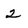
Character: 2